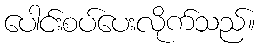
ပေါင်းစပ်ပေးလိုက်သည်။